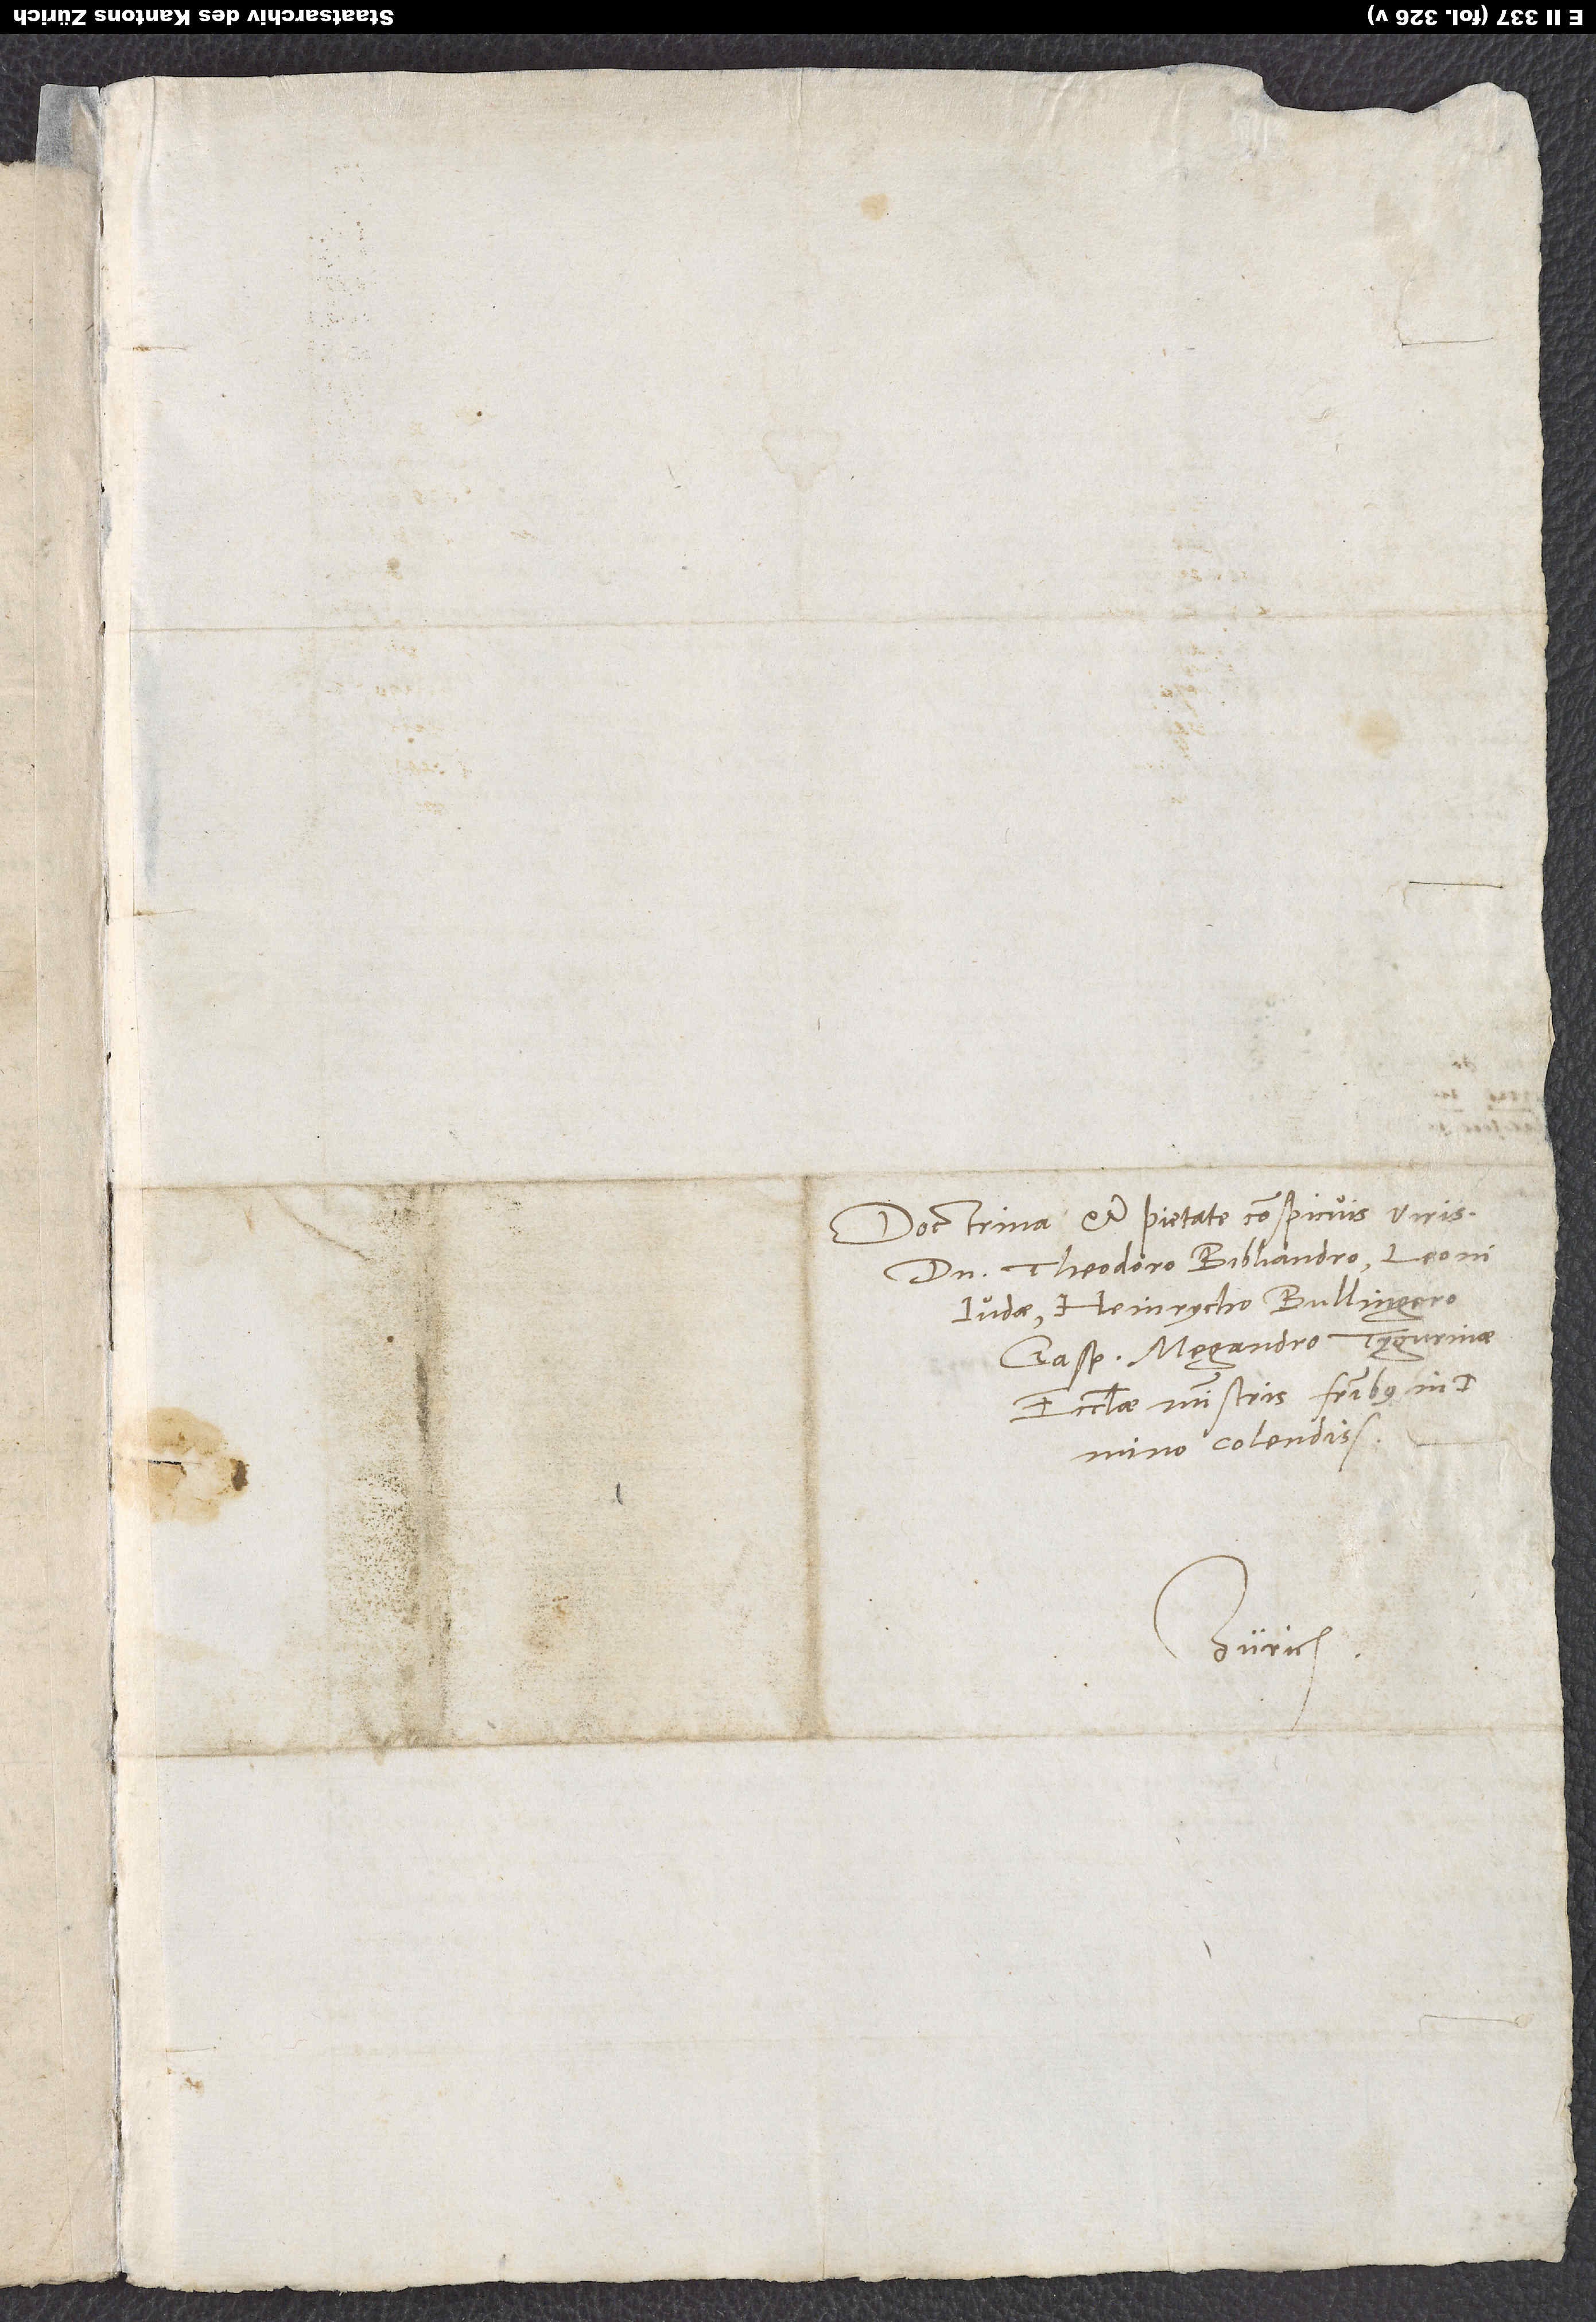
Doctrina et pietate conspicuis viris
colendissimis.
Zürich.